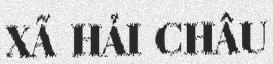
XÃ HẢI CHÂU